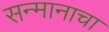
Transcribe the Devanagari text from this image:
सन्मानाचा